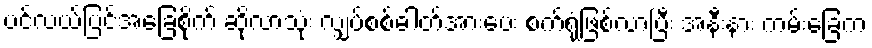
ပင်လယ်ပြင်အခြေစိုက် ဆိုလာသုံး လျှပ်စစ်ဓါတ်အားပေး စက်ရုံဖြစ်လာပြီး အနီးနား ကမ်းခြေက